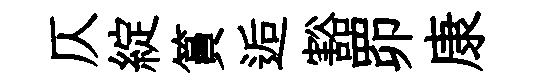
仄綻篔逅豁𦊑康